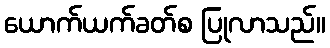
ယောက်ယက်ခတ်စ ပြုလာသည်။